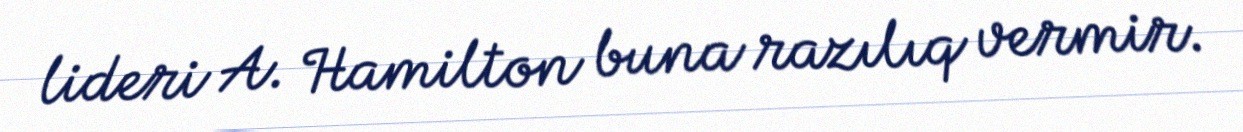
lideri A. Hamilton buna razılıq vermir.